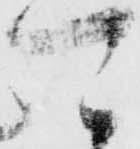
可